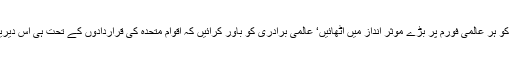
ہمیں چاہیے کہ کشمیریوں کے حق خودارادیت کو ہر عالمی فورم پر بڑے موثر انداز میں اٹھائیں‘ عالمی برادری کو باور کرائیں کہ اقوام متحدہ کی قراردادوں کے تحت ہی اس دیرینہ حل طلب مسئلے کا منصفانہ حل ممکن ہے۔